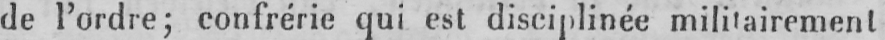
de l’ordre; confrérie qui est disciplinée militairement